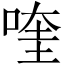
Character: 喹